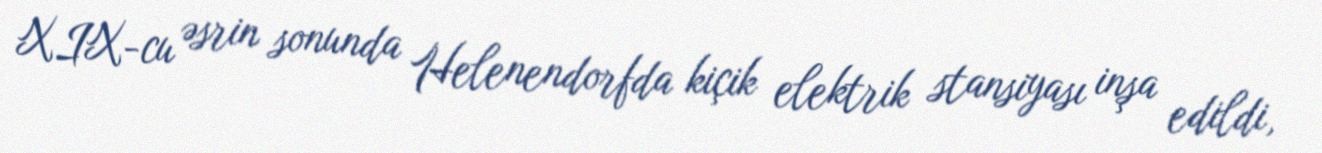
XIX-cu əsrin sonunda Helenendorfda kiçik elektrik stansiyası inşa edildi,